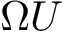
\Omega U